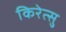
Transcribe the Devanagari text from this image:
किरेत्सु